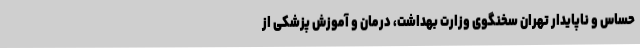
حساس و ناپایدار تهران سخنگوی وزارت بهداشت، درمان و آموزش پزشکی از